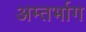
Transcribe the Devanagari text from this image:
अम्तर्भाग